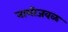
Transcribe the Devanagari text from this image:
नाभीजवळ